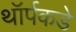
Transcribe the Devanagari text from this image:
थॉर्पकडे